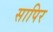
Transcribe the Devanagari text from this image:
सापिर